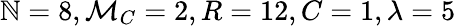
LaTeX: \mathbb{N}=8,\mathcal{{M}}_{C}=2,R=12,C=1,\lambda=5